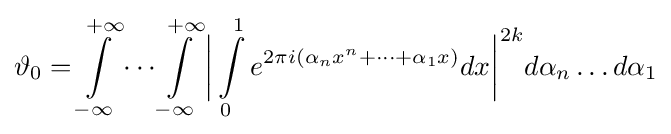
\vartheta _{0}=\int \limits _{-\infty }^{+\infty }\cdots \int \limits _{-\infty }^{+\infty }{\biggl |}\int \limits _{0}^{1}e^{2\pi i(\alpha _{n}x^{n}+\cdots +\alpha _{1}x)}dx{\biggr |}^{2k}d\alpha _{n}\ldots d\alpha _{1}